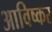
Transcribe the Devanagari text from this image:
आविष्कर